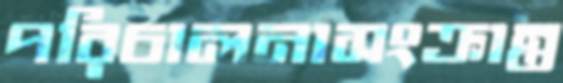
পরিচালনাসংক্রান্ত